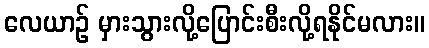
လေယာဉ် မှားသွားလို့ပြောင်းစီးလို့ရနိုင်မလား။